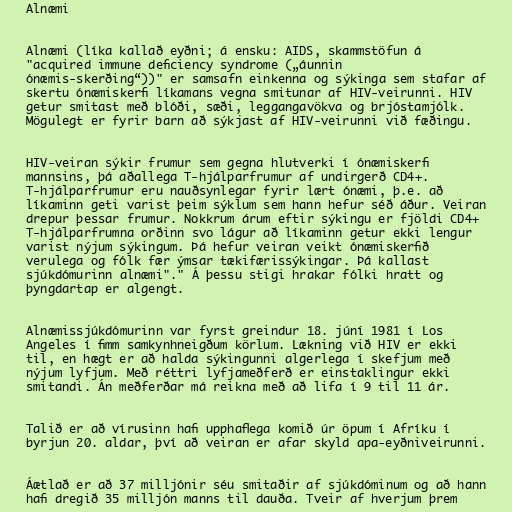
Alnæmi

Alnæmi (líka kallað eyðni; á ensku: AIDS, skammstöfun á
"acquired immune deficiency syndrome („áunnin
ónæmis-skerðing“))" er samsafn einkenna og sýkinga sem stafar af
skertu ónæmiskerfi líkamans vegna smitunar af HIV-veirunni. HIV
getur smitast með blóði, sæði, leggangavökva og brjóstamjólk.
Mögulegt er fyrir barn að sýkjast af HIV-veirunni við fæðingu.

HIV-veiran sýkir frumur sem gegna hlutverki í ónæmiskerfi
mannsins, þá aðallega T-hjálparfrumur af undirgerð CD4+.
T-hjálparfrumur eru nauðsynlegar fyrir lært ónæmi, þ.e. að
líkaminn geti varist þeim sýklum sem hann hefur séð áður. Veiran
drepur þessar frumur. Nokkrum árum eftir sýkingu er fjöldi CD4+
T-hjálparfrumna orðinn svo lágur að líkaminn getur ekki lengur
varist nýjum sýkingum. Þá hefur veiran veikt ónæmiskerfið
verulega og fólk fær ýmsar tækifærissýkingar. Þá kallast
sjúkdómurinn alnæmi"." Á þessu stigi hrakar fólki hratt og
þyngdartap er algengt.

Alnæmissjúkdómurinn var fyrst greindur 18. júní 1981 í Los
Angeles í fimm samkynhneigðum körlum. Lækning við HIV er ekki
til, en hægt er að halda sýkingunni algerlega í skefjum með
nýjum lyfjum. Með réttri lyfjameðferð er einstaklingur ekki
smitandi. Án meðferðar má reikna með að lifa í 9 til 11 ár.

Talið er að vírusinn hafi upphaflega komið úr öpum í Afríku í
byrjun 20. aldar, því að veiran er afar skyld apa-eyðniveirunni.

Áætlað er að 37 milljónir séu smitaðir af sjúkdóminum og að hann
hafi dregið 35 milljón manns til dauða. Tveir af hverjum þrem